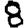
Digit: 8